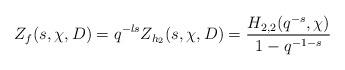
LaTeX: \begin{align*}Z_f(s, \chi, D)=q^{-ls}Z_{h_2}(s, \chi, D)=\dfrac{H_{2, 2}(q^{-s}, \chi)}{1-q^{-1-s}}\end{align*}